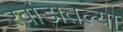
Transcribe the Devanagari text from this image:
रवांडातल्‍या